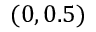
( 0 , 0 . 5 )